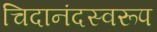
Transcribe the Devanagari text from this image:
चिदानंदस्वरूप